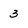
Character: 3